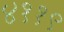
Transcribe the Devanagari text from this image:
४११९